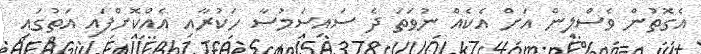
އެގޮތުން ވެސްލިން އަށް އެކެއް ނުވަތަ ދެ ސައިސަމުސާ ހަކުރާއި އެއްކޮށްފައި އަތުގައި